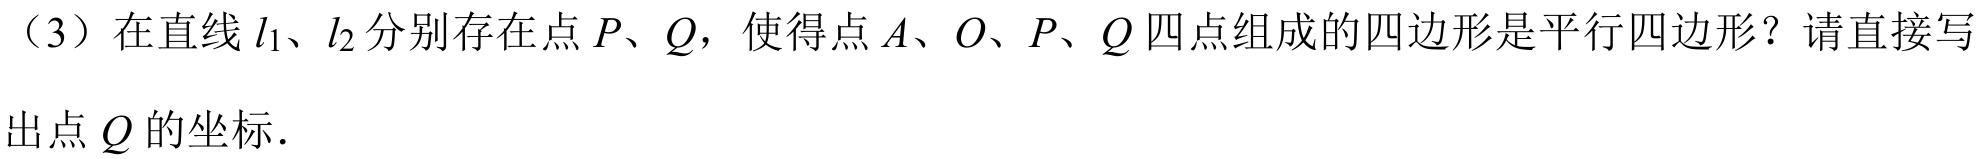
（3）在直线 \(l_{1}\)、\(l_{2}\) 分别存在点 \(P\)、\(Q\)，使得点 \(A\)、\(O\)、\(P\)、\(Q\) 四点组成的四边形是平行四边形？请直接写
出点 \(Q\) 的坐标．